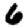
Digit: 6